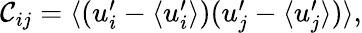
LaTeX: \begin{array}{r}{\mathcal{C}_{ij}=\langle(u_{i}^{\prime}-\langle u_{i}^{\prime}\rangle)(u_{j}^{\prime}-\langle u_{j}^{\prime}\rangle)\rangle,}\end{array}